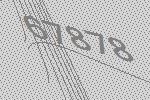
67878